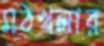
মঠখলার